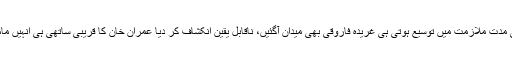
‘‘ آرمی چیف کی مدت ملازمت میں توسیع ہوتی ہی غریدہ فاروقی بھی میدان آگئیں، ناقابلِ یقین انکشاف کر دیا عمران خان کا قریبی ساتھی ہی اُنہیں ماموں بنانے لگے۔